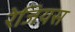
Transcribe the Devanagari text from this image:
रेजियस